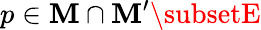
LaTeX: p\in\mathbf{M}\cap\mathbf{M}^{\prime}\subsetE